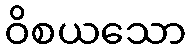
ဝိစယသော